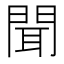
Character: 聞